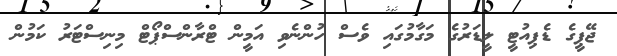
ޖޭޕީގެ ޑެޕިއުޓީ ލީޑަރުގެ މަގާމުގައި ވެސް ހުންނެވި އަމީން ޓްރާންސްޕޯޓް މިނިސްޓަރު ކަމުން